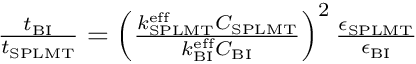
\begin{array} { r } { \frac { t _ { \mathrm { B I } } } { t _ { \mathrm { S P L M T } } } = \left( \frac { k _ { \mathrm { S P L M T } } ^ { \mathrm { e f f } } C _ { \mathrm { S P L M T } } } { k _ { \mathrm { B I } } ^ { \mathrm { e f f } } C _ { \mathrm { B I } } } \right) ^ { 2 } \frac { \epsilon _ { \mathrm { S P L M T } } } { \epsilon _ { \mathrm { B I } } } } \end{array}